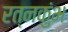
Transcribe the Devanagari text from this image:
रत्नकुंभ